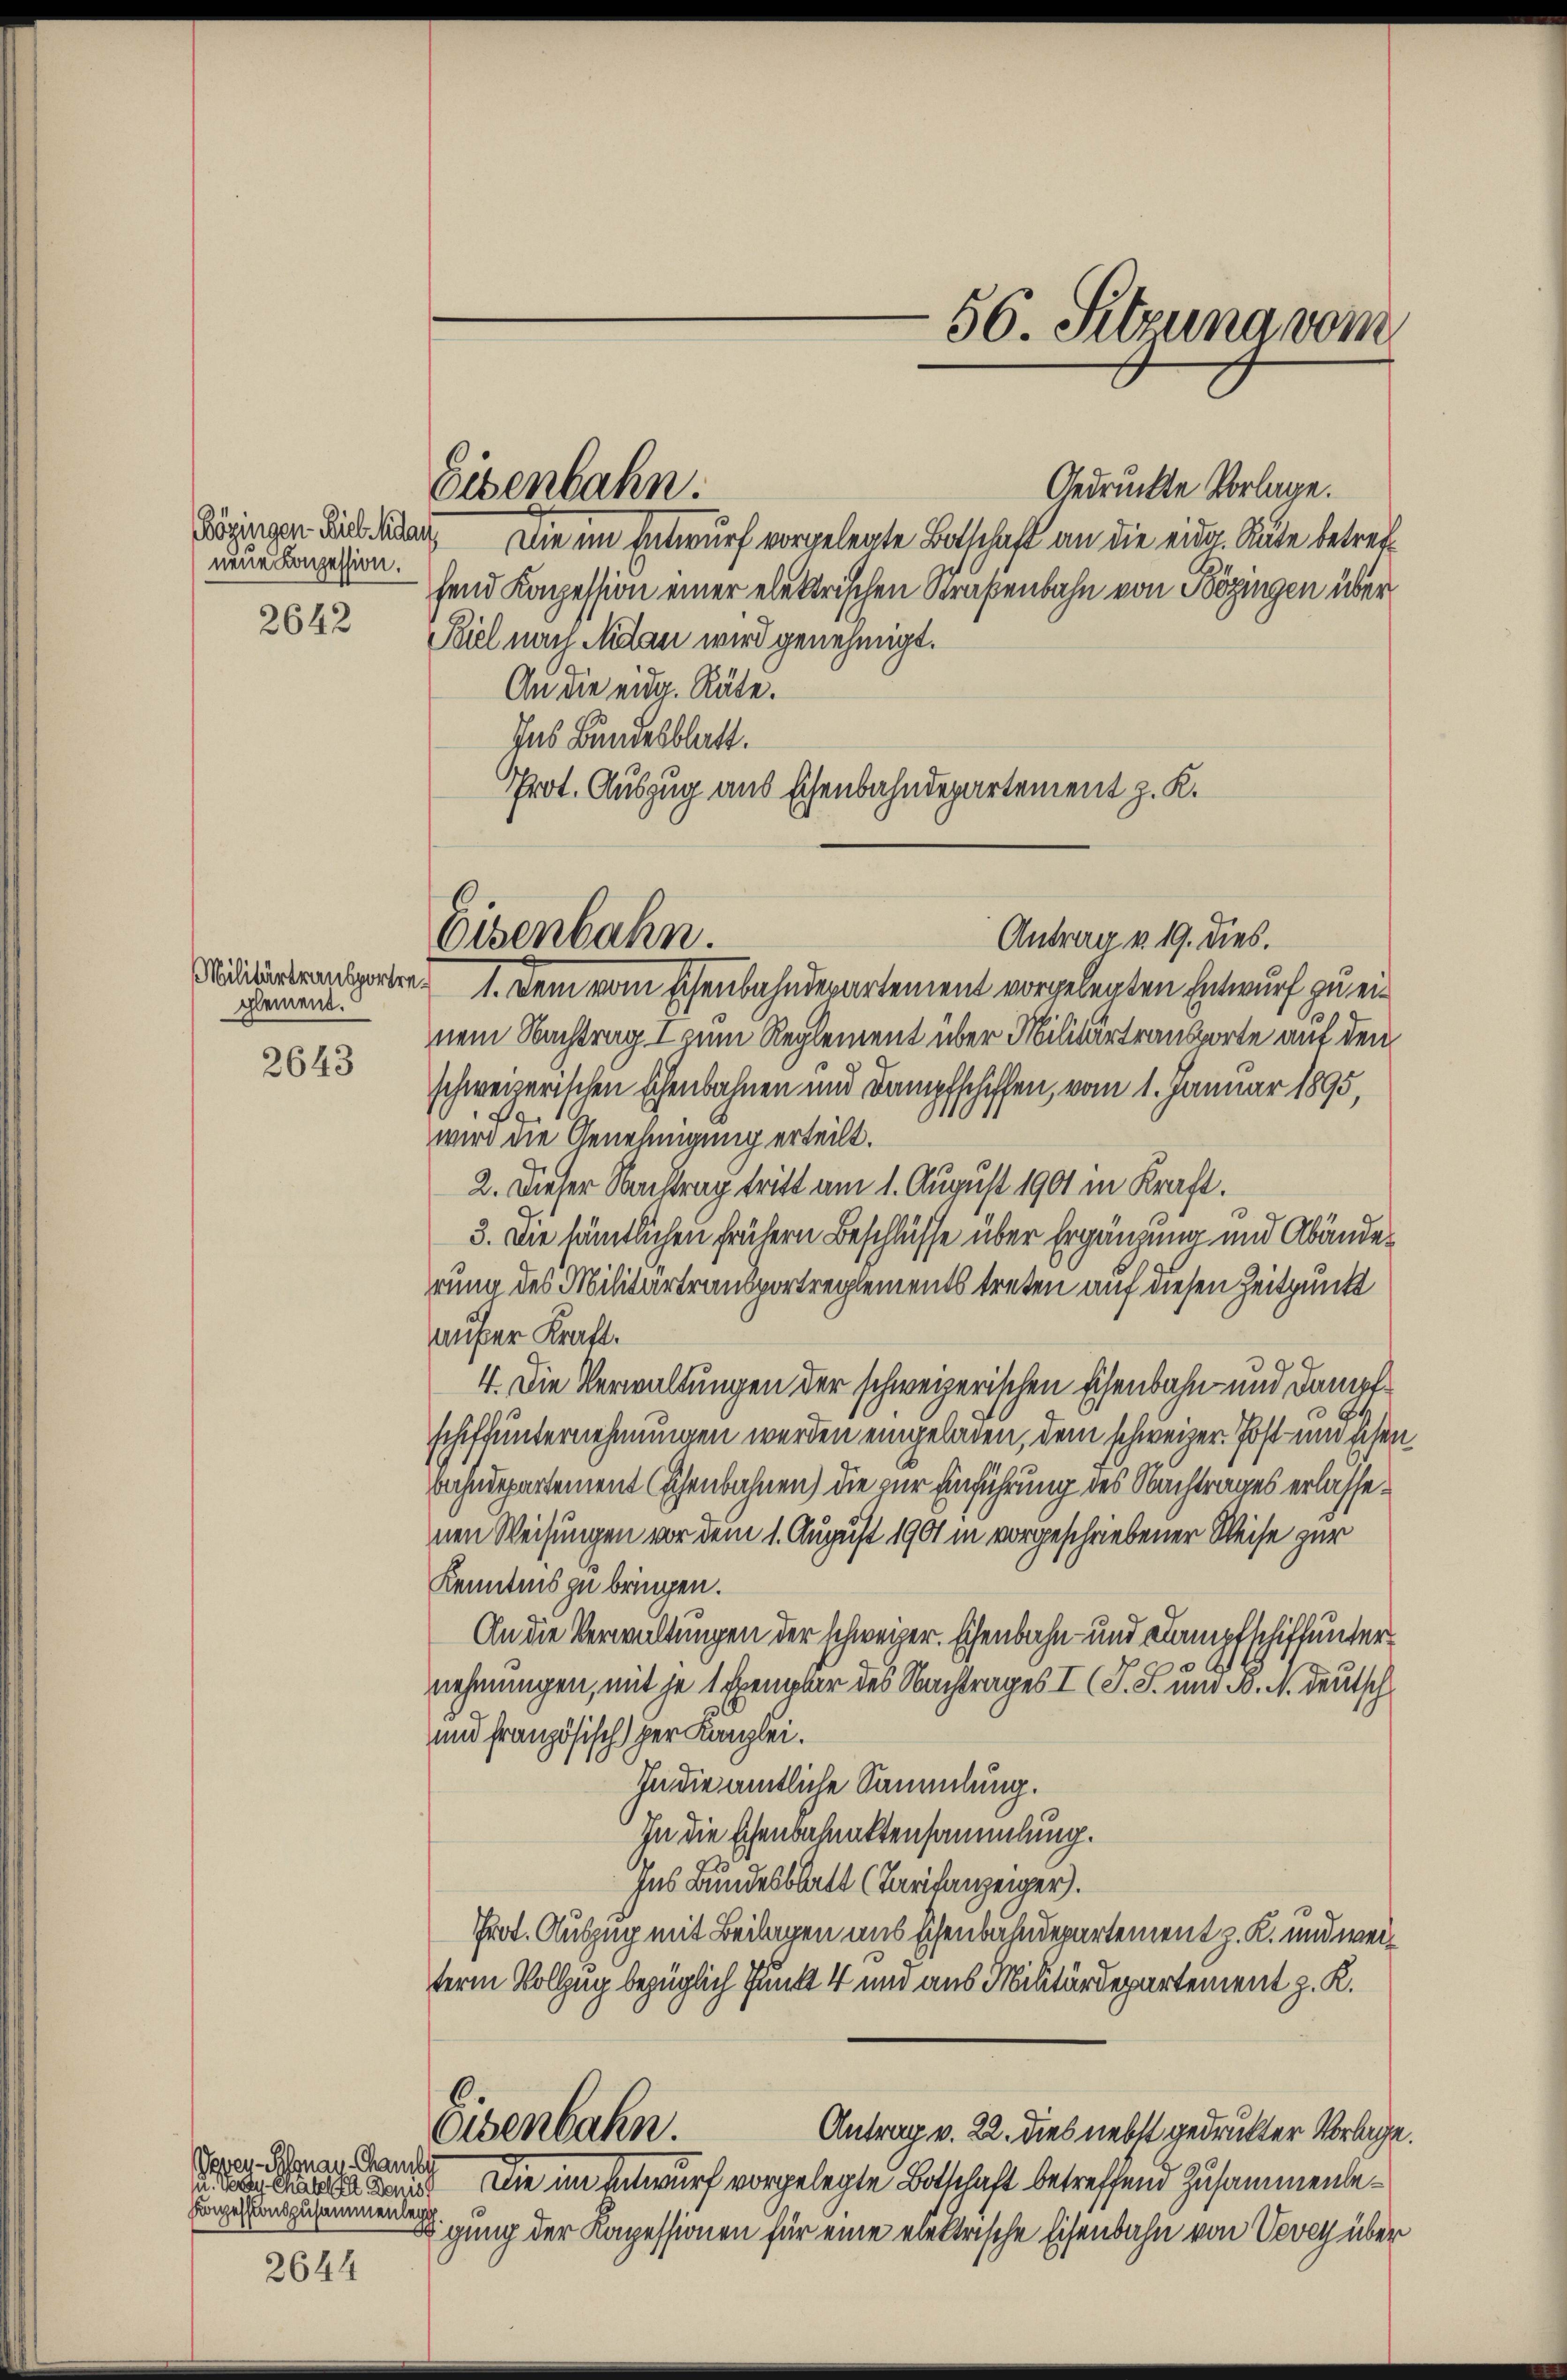
neue Konzession.
2642

glement.

2643

Vevey-Pronau-Chambe
u. der habe. Denis
Konzessionszusammenlege

2644

Eisenbahn.

Gedruckte Vorlage.
Kögigen Ziel leiden Die im Entwurf vorgelegte Botschaft an die eidg. Sute betreff
fend Konzession einer elektrischen Straßenbahn von Bözingen über
Piel nach Nidau wird genehmigt.
An die eidg. Räte.
Das Bundesblatt.
Prot. Auszug aus Eisenbahndepartement z. K.

Eisenbahn.
Niditurtransporte 1. Dem vom Eisenbahndepartement vorgelegten Entwurf zu ei¬

56. Sitzung vom

Antrag v. 19. dies.
nem Nachtrag I zum Reglement über Militärtransporte auf den
schweizerischen Eisenbahnen und Dampfschiffen, vom 1. Januar 1895,
wird die Genehmigung erteilt.
2. Dieser Nachtrag tritt am 1. August 1901 in Kraft.
3. Die sämtlichen frühern Beschlüsse über Ergänzung und Abänderung des Militärtransportreglements treten auf diesen Zeitpunkt
außer Kraft.
4. Die Verwaltungen der schweizerischen Eisenbahn- und damal
schiffunternehmungen werden eingeladen, dem schweizer. Post und schen,
bahndepartement (Ehenbahnen) die zur Einführung des Nachtrages erlassenen Weisungen vor dem 1. August 1901 in vorgeschriebener Weise zur
Kenntnis zu bringen.
An die Verwaltungen der schweizer. Eisenbahn- und Kampfschiffunter
nehmungen, mit je 1 Exember des Nachtrages I. (T. S. um d. M. deutsch
und französisch per Kanzlei.
In die amtliche Sammlung.
In die Eisenbefunktensammlung.
Ins Bundesblatt (Tarifanzeiger).
Prot. Auszug mit Beilagen aus schenbahndepartement z. K. und weiterm Vollzug bezüglich Punkt 4 und aus Militärdepartement z. K.
Eisenbahn.
Antrag v. 22. dies nebst gedruckter Vorlage.
Die im Anwurf vorgelegte Botschaft betreffend Zusammenleigung der Kapessionen für eine elektrische Eisenbahn von Vevey über